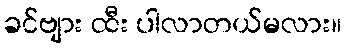
ခင်ဗျား ထီး ပါလာတယ်မလား။